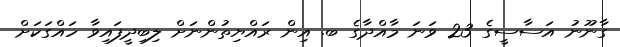
ގާނޫނު އަސާސީގެ 23 ވަނަ މާއްދާގެ ބ. އިން ރައްޔިތުންނަށް ލިބިދީފައިވާ ހައްގަކަށް